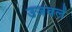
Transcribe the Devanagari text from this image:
उजवलें